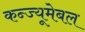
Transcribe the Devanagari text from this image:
कन्ज्यूमेबल